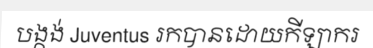
បង្កង់ Juventus រកបានដោយកីឡាករ